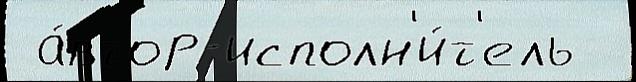
 а́втор-исполн'и́т'ель